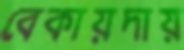
বেকায়দায়